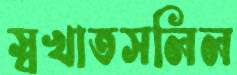
স্বখাতসলিল